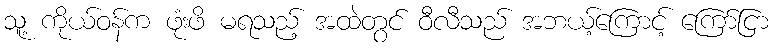
သူ့ ကိုယ်ဝန်က ဖုံးဖိ မရသည့် အထဲတွင် ဝီလီသည် အဘယ့်ကြောင့် ကြော်ငြာ